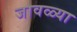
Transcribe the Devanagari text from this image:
जावळ्या